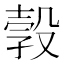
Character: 㝅